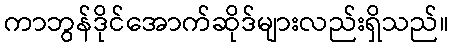
ကာဘွန်ဒိုင်အောက်ဆိုဒ်များလည်းရှိသည်။